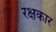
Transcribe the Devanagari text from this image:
रक्षकार